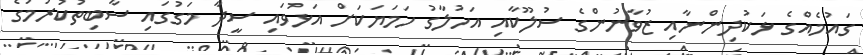
ގައުމެއްގެ ޅަކުދިންނާއި ޒުވާނުންގެ ސުލޫކާއި އަހުލާގު ހަމަޔަކަށް އަޅުވައި ސީދާ މަގުގައި ސާބިތުކުރުމުގެ